Indian journal of veterinary science and animal husbandry - Volumes 22-23, 1952-1953
Year: 1952
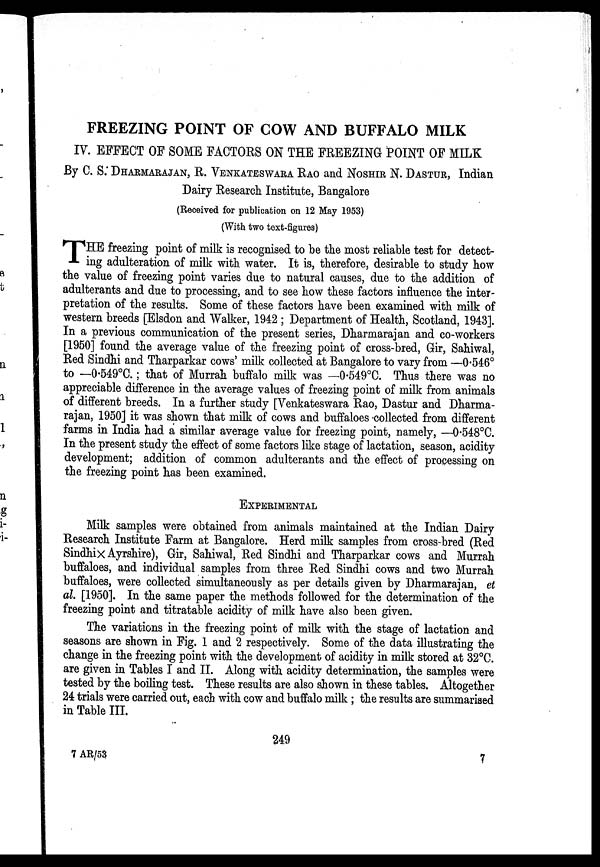
FREEZING POINT OF COW AND BUFFALO MILK
IV. EFFECT OF SOME FACTORS ON THE FREEZING POINT OF MILK
By C. S. DHARMARAJAN, R. VENKATESWARA RAO and NOSHIR N. DASTUR, Indian
Dairy Research Institute, Bangalore
(Received for publication on 12 May 1953)
(With two text-figures)
T HE freezing point of milk is recognised to be the most reliable test for detect-
ing adulteration of milk with water. It is, therefore, desirable to study how
the value of freezing point varies due to natural causes, due to the addition of
adulterants and due to processing, and to see how these factors influence the inter-
pretation of the results. Some of these factors have been examined with milk of
western breeds [Elsdon and Walker, 1942 ; Department of Health, Scotland, 1943].
In a previous communication of the present series, Dharmarajan and co-workers
[1950] found the average value of the freezing point of cross-bred, Gir, Sahiwal,
Red Sindhi and Tharparkar cows' milk collected at Bangalore to vary from —0.546°
to —0.549°C. ; that of Murrah buffalo milk was —0.549°C. Thus there was no
appreciable difference in the average values of freezing point of milk from animals
of different breeds. In a further study [Venkateswara Rao, Dastur and Dharma-
rajan, 1950] it was shown that milk of cows and buffaloes collected from different
farms in India had a similar average value for freezing point, namely, —0.548°C.
In the present study the effect of some factors like stage of lactation, season, acidity
development; addition of common adulterants and the effect of processing on
the freezing point has been examined.
EXPERIMENTAL
Milk samples were obtained from animals maintained at the Indian Dairy
Research Institute Farm at Bangalore. Herd milk samples from cross-bred (Red
Sindhi × Ayrshire), Gir, Sahiwal, Red Sindhi and Tharparkar cows and Murrah
buffaloes, and individual samples from three Red Sindhi cows and two Murrah
buffaloes, were collected simultaneously as per details given by Dharmarajan, et
al. [1950]. In the same paper the methods followed for the determination of the
freezing point and titratable acidity of milk have also been given.
The variations in the freezing point of milk with the stage of lactation and
seasons are shown in Fig. 1 and 2 respectively. Some of the data illustrating the
change in the freezing point with the development of acidity in milk stored at 32°C.
are given in Tables I and II. Along with acidity determination, the samples were
tested by the boiling test. These results are also shown in these tables. Altogether
24 trials were carried out, each with cow and buffalo milk ; the results are summarised
in Table III.
249
7 AR/53
7